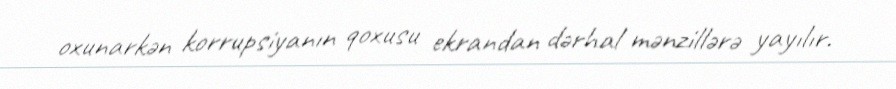
oxunarkən korrupsiyanın qoxusu ekrandan dərhal mənzillərə yayılır.